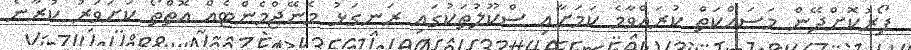
ފޯރުކޮށްދޭން މަސައްކަތް ކުރައްވާމެ ކަމަށާއި ސްކޫލުތަކުގައި ރަނގަޅު މެނޭޖްމެންޓެއް އޮތްތޯ ކަށަވަރު ކުރާނެ